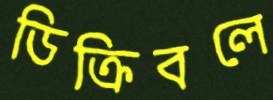
ডিক্রিবলে